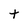
Character: t